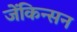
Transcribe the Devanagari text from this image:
जेंकिन्सन